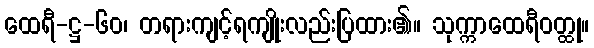
ထေရီ-ဋ္ဌ-၆၀၊ တရားကျင့်ရကျိုးလည်းပြထား၏။ သုက္ကာထေရီဝတ္ထု။